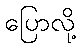
ပြောလို့